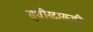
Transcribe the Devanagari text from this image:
सुधीरदासजी